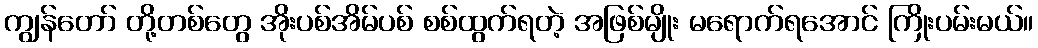
ကျွန်တော် တို့တစ်တွေ အိုးပစ်အိမ်ပစ် စစ်ထွက်ရတဲ့ အဖြစ်မျိုး မရောက်ရအောင် ကြိုးပမ်းမယ်။